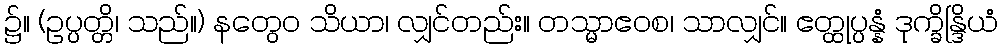
၌။ (ဥပ္ပတ္တိ၊ သည်။) နတွေဝ သိယာ၊ လျှင်တည်း။ တသ္မာဧဝစ၊ သာလျှင်။ ဧတ္ထုပ္ပန္နံ ဒုက္ခိန္ဒြိယံ